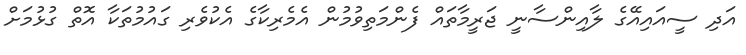
އަދި ސީއައިއޭގެ ލާއިންސާނީ ޖަރީމާތައް ފެންމަތިވުމުން އެމެރިކާގެ އެކުވެރި ގައުމުތަކާ އޮތް ގުޅުމަށް